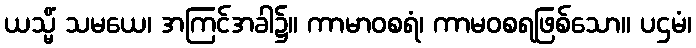
ယသ္မိံ သမယေ၊ အကြင်အခါ၌။ ကာမာဝစရံ၊ ကာမဝစရဖြစ်သော။ ပဌမံ၊